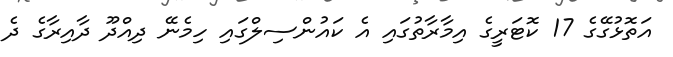
އަތޮޅުގޭގެ 17 ކޮޓަރީގެ އިމާރާތުގައި އެ ކައުންސިލްގައި ހިމެނޭ ދިއްދޫ ދާއިރާގެ ދެ